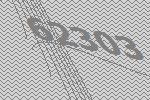
62303